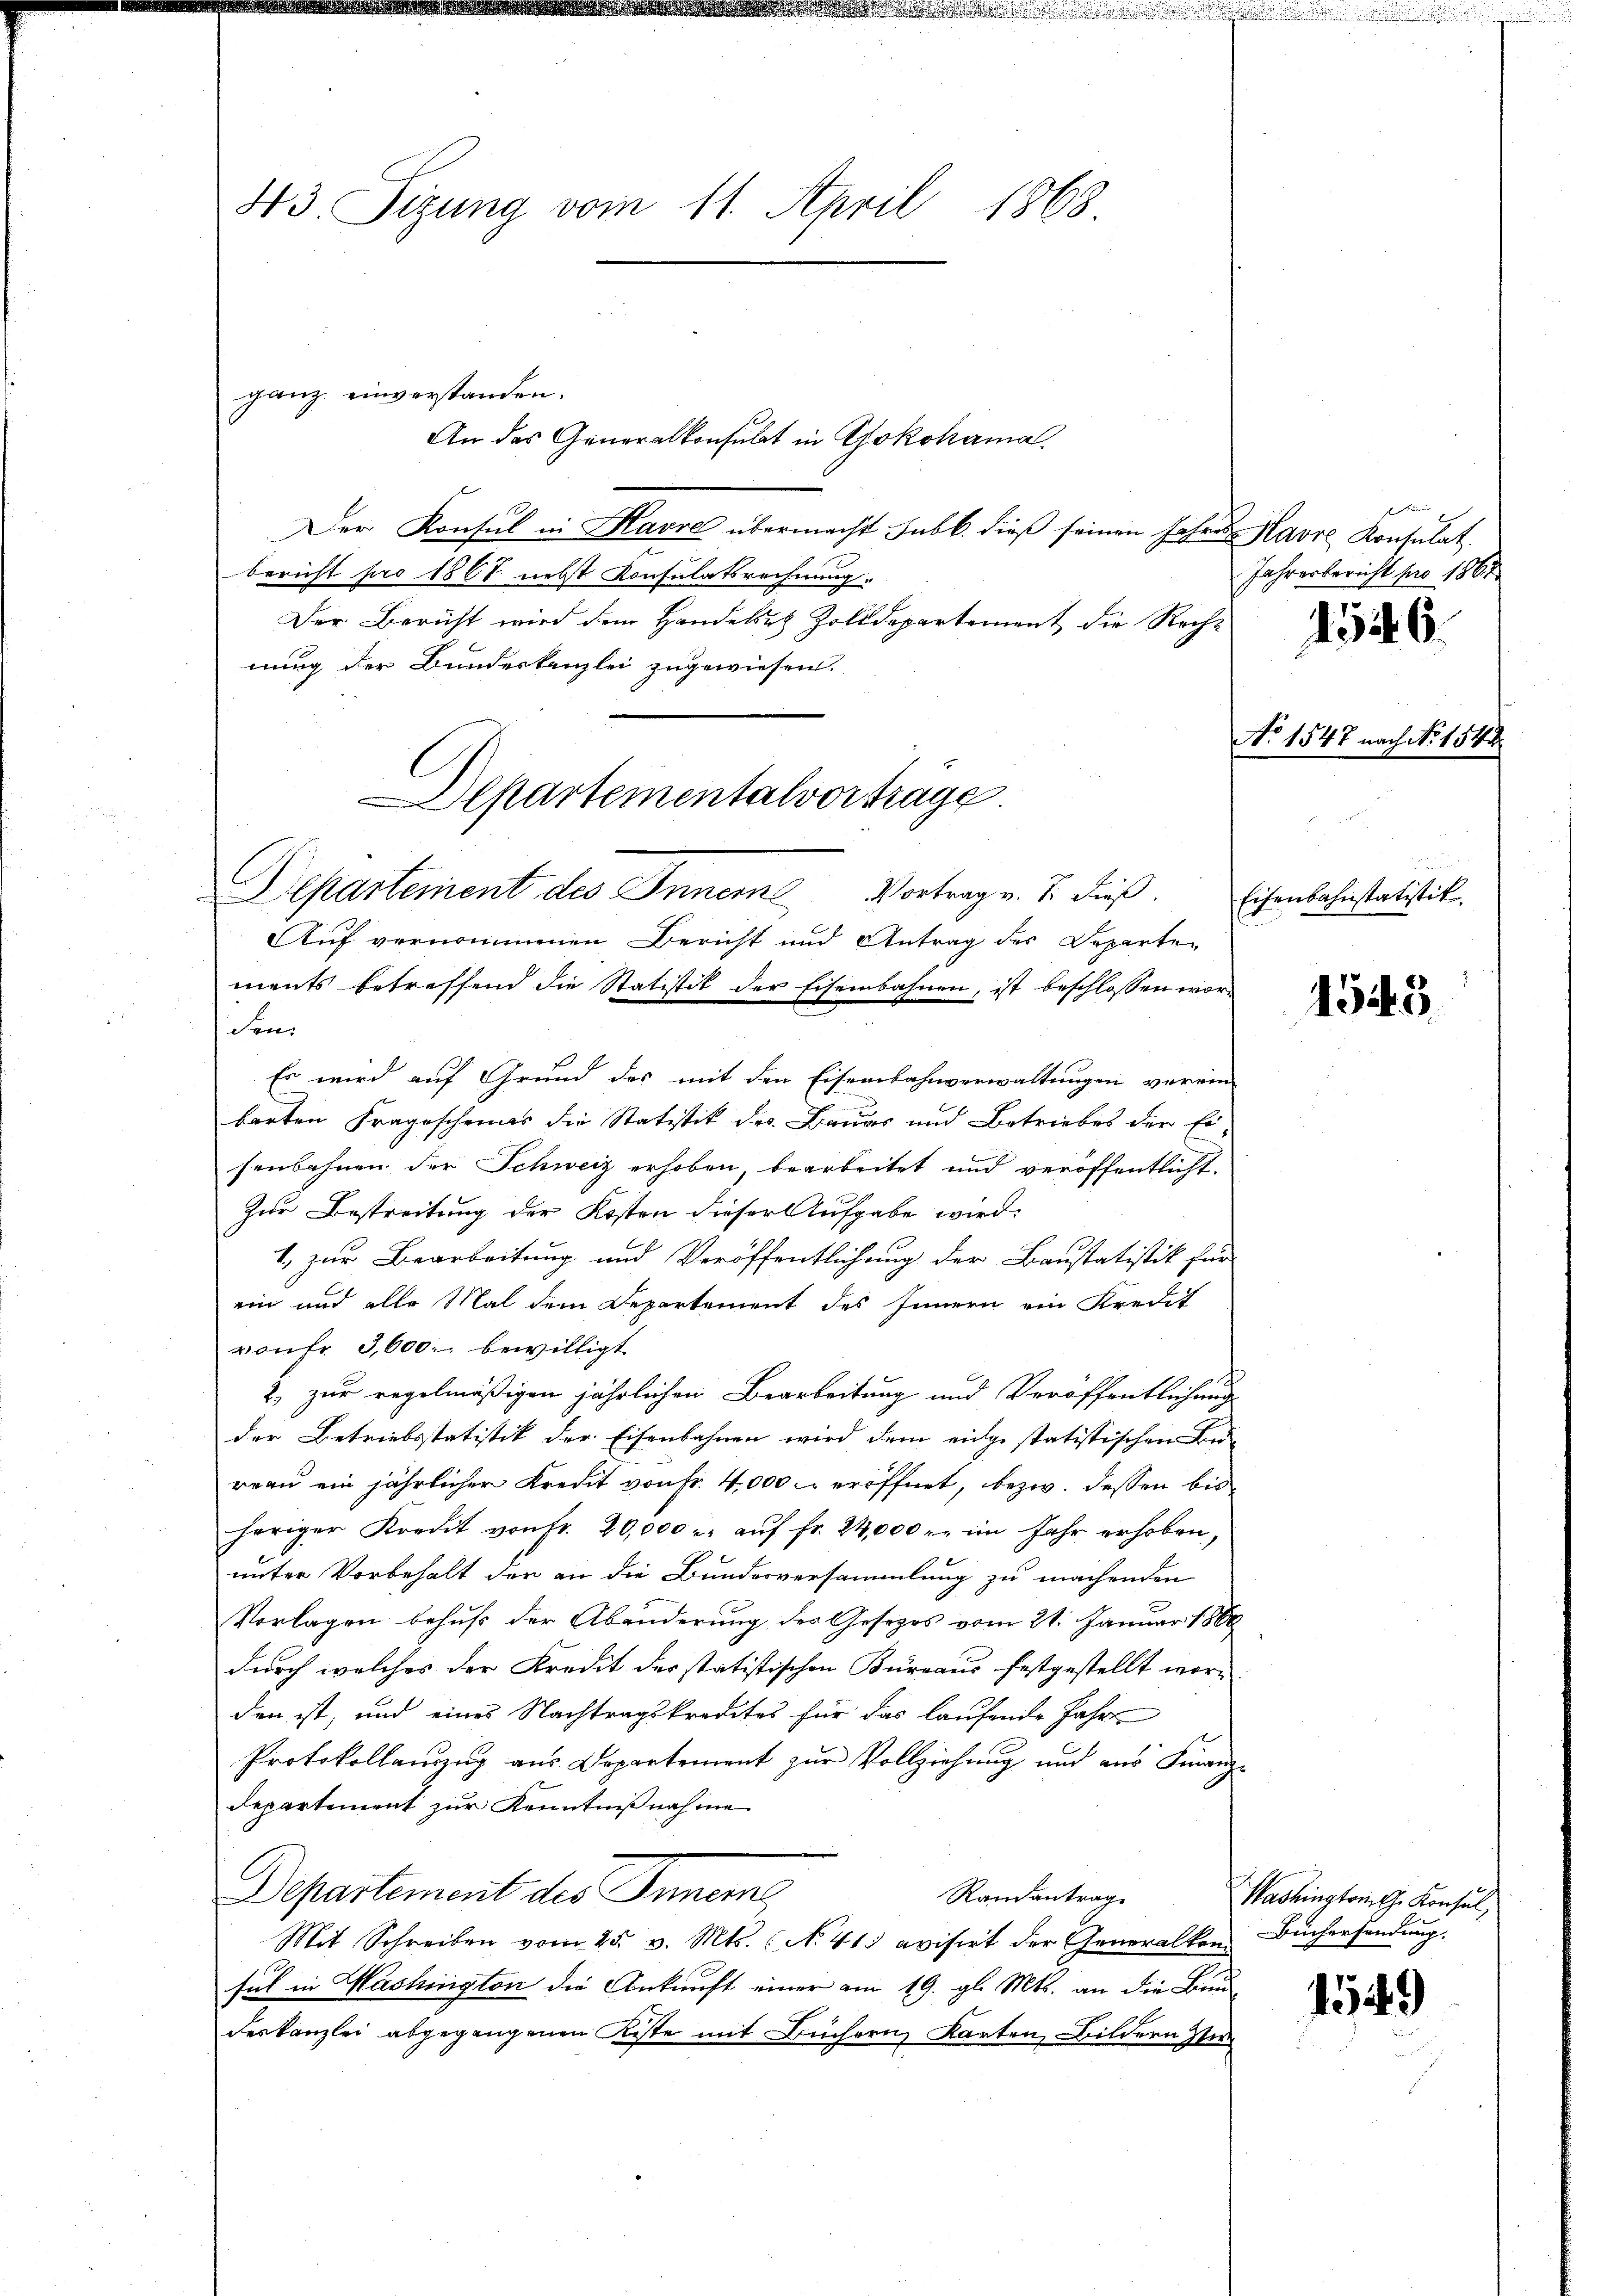
43. Sizung vom 11. April 1868.

ganz einverstanden.

Der Konsul in Havre übermacht subb. dieß seinen Jahren Havre Konsulat
bericht pro 1867. nebst Konsulatsrechnung.
Der Bericht wird dem Handelius Zolldepartement die Recht
nung der Bundeskanzlei zugewiesen.
Departementalvorträge

An das Generalkonsulat in Yokohama

Departement des Innere Vortrag v. J. dieß.

Auf vernommenen Bericht und Antrag des Departen
ments betreffend die Statistik der Eisenbahnen, ist beschlossen worden
Es wird auf Grund des mit den Eisenbahnverwaltungen verein-
barten Fragescheines die Statistik des Baues und Betriebes der Ei
senbahnen der Schweiz erhoben, bearbeitet und veröffentlicht.
Zur Bestreitung der Kosten dieser Aufgabe wird:
1., zur Bearbeitung und Veröffentlichung der Baustatistik für
ein und alle Mal dem Departement des Innern ein Kredit
von Fr. 3,600 bewilligt
2. zur regelmäßigen jährlichen Bearbeitung und Veröffentlichung
der Betriebsstatistik der Eisenbahnen wird dem eingestatistischen Be-
reau ein jährlicher Kredit von Fr. 4,000 eröffnet, bezw. dessen bis
heriger Kredit von fr. 20,000 u. aŭf fr. 24,000 r. im Jahr erhoben,
unter Vorbehalt der an die Bundesversammlung zu machenden
Vorlagen behuf der Abänderung des Gesezes vom 21. Januar 1800
durch welches der Kredit des statistischen Kurgaus festgestellt worden ist, und eines Nachtragskredites für das laufende Jahre
Protokollanzug aus Departement zŭr Vollziehung und aus Finanz-
departement zur Kenntnißnahme
Departement des Innere,
Randantrage
Mit Schreiben vom 25. v. Mts. (N. 413 evisirt der Generalkon Büchersendŭng.
sul in Washington die Ankunft einer am 19. gl. Mts. an die Bau
deskanzlei abgegangenen Kiste mit Büchern, Karten, Bildern zu

.

Jahresbericht pro 1861

4546.

No 1547 nach No 154

Eisenbahnstatistik.

1545

149)

Washingtrich. Konsul,